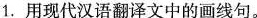
1.用现代汉语翻译文中的画线句。